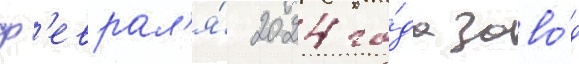
ф'еврал'я́ 2024 го́да заво́д